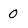
Character: 0